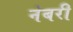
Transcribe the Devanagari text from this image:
नंबरी